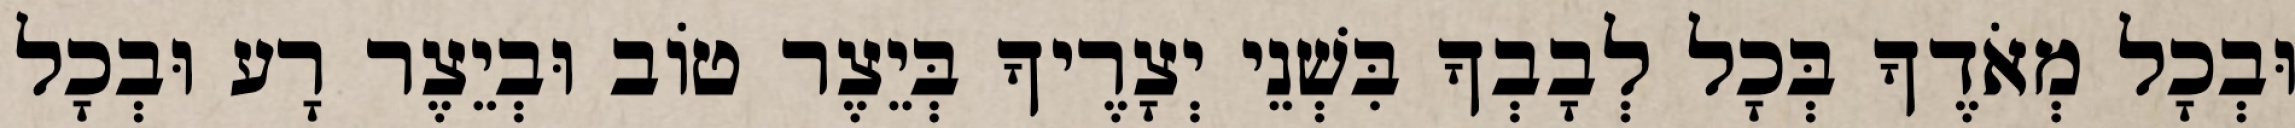
וּבְכָל מְאֹדֶךָ בְּכָל לְבָבְךָ בִּשְׁנֵי יְצָרֶיךָ בְּיֵצֶר טוֹב וּבְיֵצֶר רָע וּבְכָל